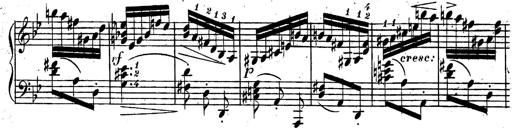
Title: Rondeau fantastique sur un thÃ¨me espagnol
Composer: Franz Liszt